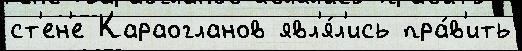
ст'ен'е Караогланов явл'я́л'ись пра́в'ить